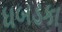
ધબડકા